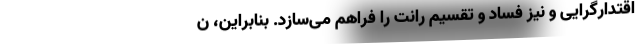
اقتدارگرایی و نیز فساد و تقسیم رانت را فراهم می‌سازد. بنابراین، ن